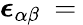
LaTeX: \boldsymbol{\epsilon}_{\alpha\beta}\: =\: